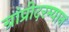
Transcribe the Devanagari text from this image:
ग्रांप्रीदरम्यान